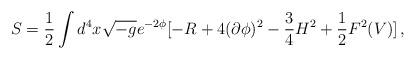
LaTeX: \begin{align*}S=\frac{1}{2}\int d^{4}x\sqrt{-g} e^{-2\phi} [-R +4(\partial\phi)^{2} -\frac{3}{4}H^{2}+\frac{1}{2}F^{2}(V)]\, ,\end{align*}